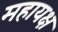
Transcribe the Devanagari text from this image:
महायक्ष